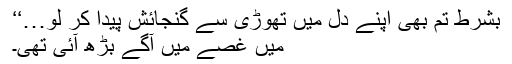
بشرط تم بھی اپنے دل میں تھوڑی سے گنجائش پیدا کر لو…‘‘
میں غصے میں آگے بڑھ آئی تھی۔